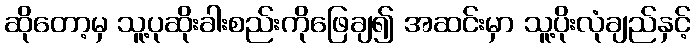
ဆိုတော့မှ သူ့ပုဆိုးခါးစည်းကိုဖြေချ၍ အဆင်းမှာ သူ့ပိုးလုံချည်နှင့်